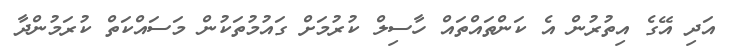
އަދި އޭގެ އިތުރުން އެ ކަންތައްތައް ހާސިލް ކުރުމަށް ގައުމުތަކުން މަސައްކަތް ކުރަމުންދާ